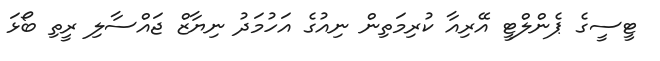
ޓީސީގެ ޕެންލްޓީ އޭރިއާ ކުރިމަތިން ނިއުގެ އަހުމަދު ނިޔާޒް ޖައްސާލި ރީތި ބޯޅަ